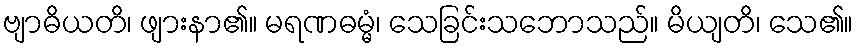
ဗျာဓိယတိ၊ ဖျားနာ၏။ မရဏဓမ္မံ၊ သေခြင်းသဘောသည်။ မိယျတိ၊ သေ၏။